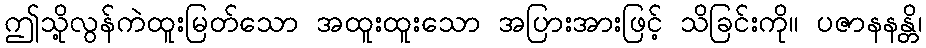
ဤသို့လွန်ကဲထူးမြတ်သော အထူးထူးသော အပြားအားဖြင့် သိခြင်းကို။ ပဇာနနန္တိ၊